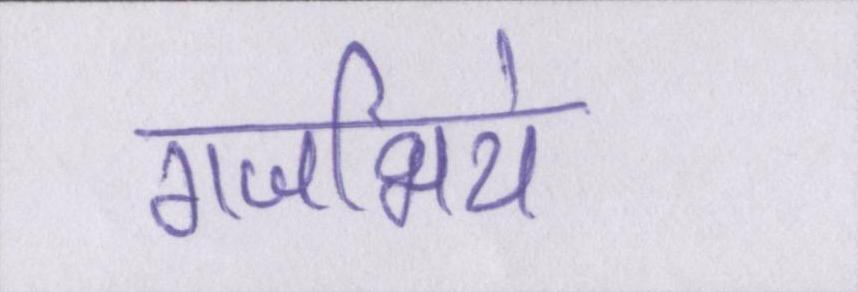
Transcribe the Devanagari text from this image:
गजभिये